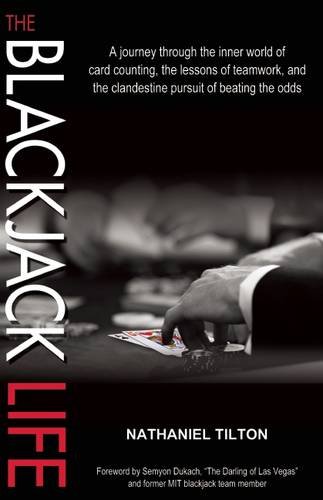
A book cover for The Blackjack Life: A Journey Through the Inner World of Card Counting, the Lessons of Teamwork, and the Clandestine Pursuit of Beating the Odds; Nathaniel Tilton; Humor & Entertainment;